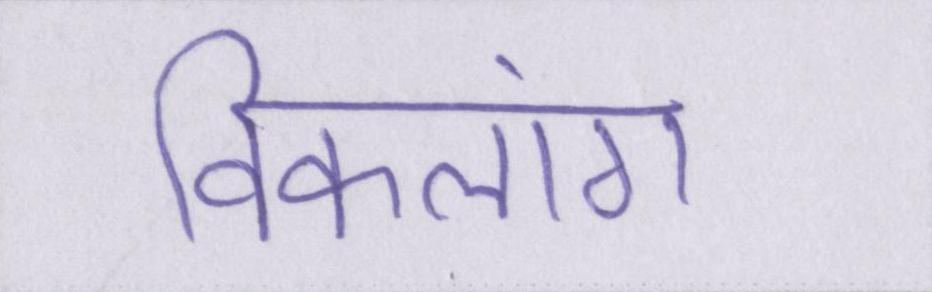
विकलांग